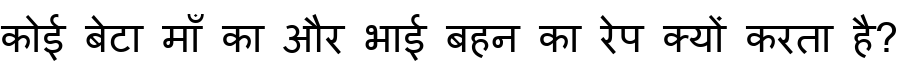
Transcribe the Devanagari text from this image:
कोई बेटा माँ का और भाई बहन का रेप क्यों करता है?